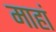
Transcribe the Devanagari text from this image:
माहां